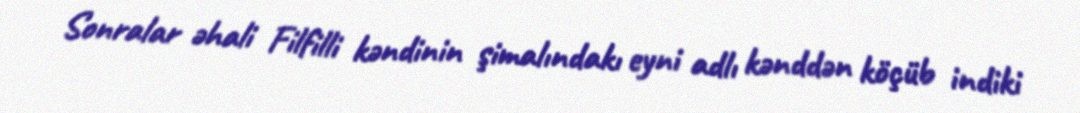
Sonralar əhali Filfilli kəndinin şimalındakı eyni adlı kənddən köçüb indiki